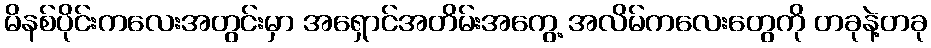
မိနစ်ပိုင်းကလေးအတွင်းမှာ အရှောင်အတိမ်းအကွေ့ အလိမ်ကလေးတွေကို တခုနဲ့တခု